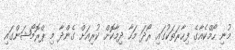
މުނި ހޯމްކެއާގެ ފިހާރަތަކުގައި ރޯދަ މަހާ ދިމާކޮށް ކުރިއަށް ގެންދާ މި ޕްރޮމޯޝަންގައި